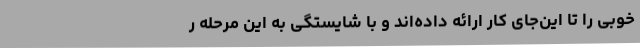
خوبی را تا این‌جای کار ارائه داده‌اند و با شایستگی به این مرحله ر